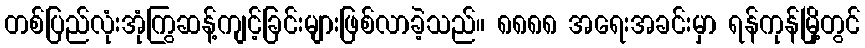
တစ်ပြည်လုံးအုံကြွဆန့်ကျင့်ခြင်းများဖြစ်လာခဲ့သည်။ ၈၈၈၈ အရေးအခင်းမှာ ရန်ကုန်မြို့တွင်